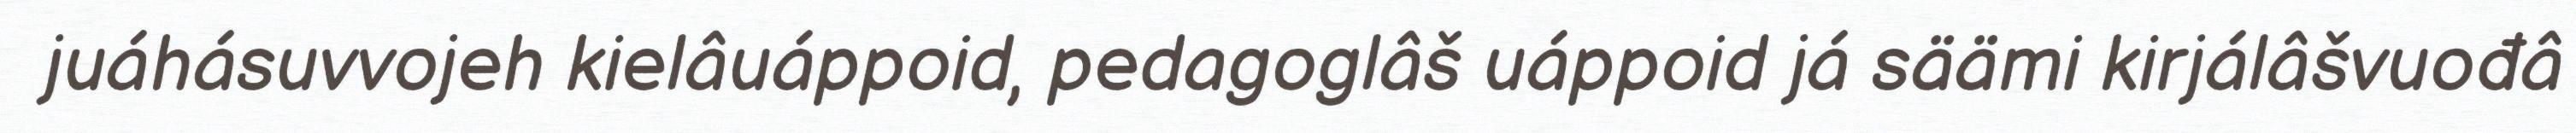
juáhásuvvojeh kielâuáppoid, pedagoglâš uáppoid já säämi kirjálâšvuođâ